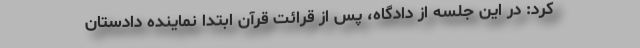
کرد: در این جلسه از دادگاه، پس از قرائت قرآن ابتدا نماینده دادستان